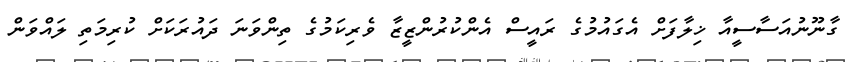
ގާނޫނުއަސާސީއާ ޚިލާފަށް އެގައުމުގެ ރައީސް އެންކުރުންޒީޒާ ވެރިކަމުގެ ތިންވަނަ ދައުރަކަށް ކުރިމަތި ލައްވަން